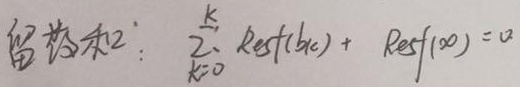
留数和：\(\sum_{k = 0}^{K} \text{Res}(b_k)+ \text{Res}(\infty)=0\)